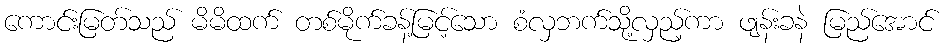
ကောင်းမြတ်သည် မိမိထက် တစ်မိုက်ခန့်မြင့်သော စံလှဘက်သို့လှည့်ကာ ဖျန်းခနဲ မြည်အောင်